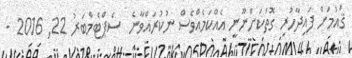
ޤައުމަށް ފައިދާހުރި ގޮތަކަށްނޫނީ އެއްކަމެއްވެސް ނުކުރައްވާނެ  ސެޕްޓެމްބަރު 22